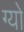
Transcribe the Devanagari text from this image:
ग्यो